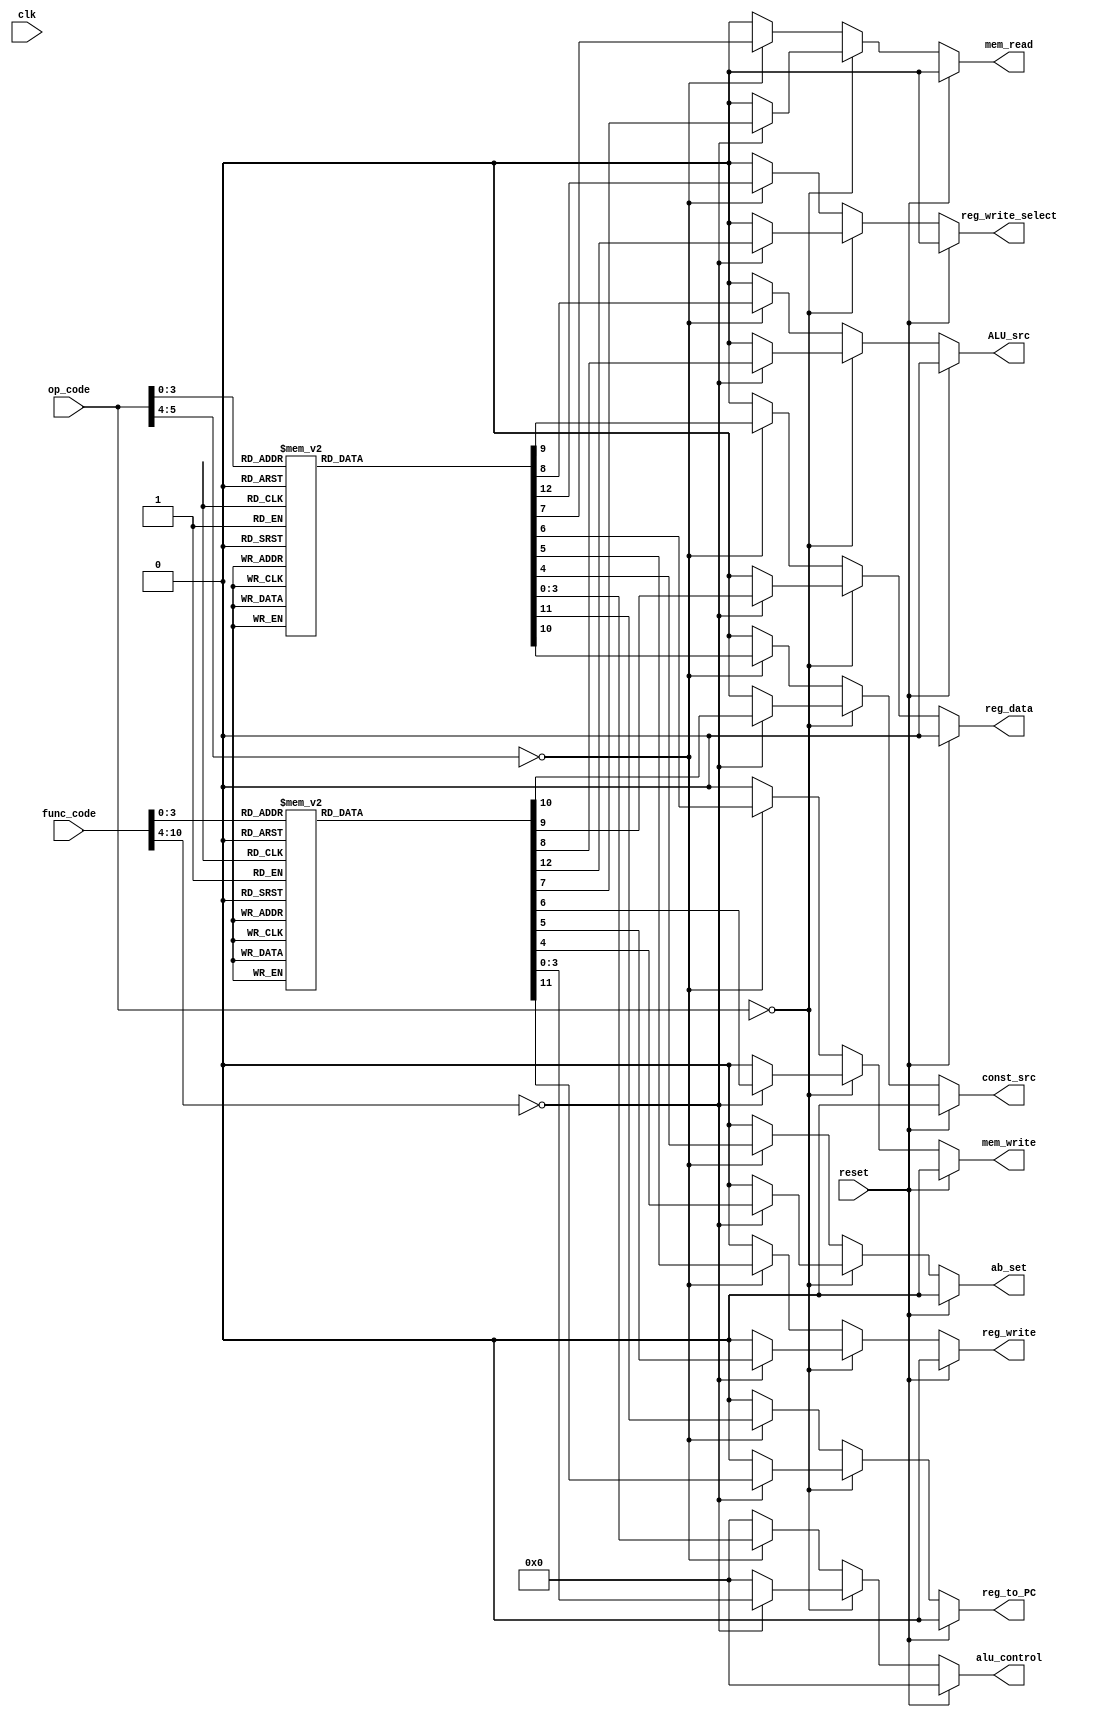
`timescale 1ns / 1ps

//////////////////////////////////////////////////////////////////////////
// Assignment No: 7
// Group No     : 8
// Group Members: Suhas Jain    (19CS30048)
//                Monal Prasad  (19CS30030)
// Semester No  : 5 (Autumn 2021-22)
//////////////////////////////////////////////////////////////////////////

module controller(
    input [5:0] op_code,
    input [10:0] func_code,
    input clk,
    input reset,
    output reg [3:0] alu_control,
    output reg ab_set,
    output reg reg_write,
    output reg mem_write,
    output reg mem_read,
    output reg ALU_src,
    output reg reg_data,
    output reg const_src,
    output reg reg_to_PC,
    output reg reg_write_select
);
    /*
        op_code: operation code from the instruction
        func_code: function code from the instruction
        clk: clock signal
        reset: reset signal
        alu_control: ALU control signal 
        ab_set: ALU set signal indicating carry operation 
        reg_write: register write signal 
        mem_write: memory write signal (for store operation)
        mem_read: memory read signal (for load operation)
        ALU_src: ALU source signal (0: register, 1: immediate)
        reg_data: register data signal 
        const_src: constant source signal (for immediate addressing)
        reg_to_PC: register to PC signal indicating jump 
        reg_write_select: register write select signal (for writing to register file)
    */

    always @(*) begin
        if(reset == 1) begin        // Setting all flags to 0 on reset signal
            alu_control <= 0;
            ab_set <= 0;
            reg_write <= 0;
            mem_write <= 0;
            mem_read <= 0;
            ALU_src <= 0;
            reg_data <= 0;
            const_src <= 0;
            reg_to_PC <= 0;
            reg_write_select <= 0;
        end
        else if(op_code == 6'd0)                 // R- type operations 
            case(func_code)
                11'd0:                          // Addition operation 
                    begin
                        alu_control <= 0;
                        ab_set <= 0;
                        reg_write <= 1;
                        mem_write <= 0;
                        mem_read <= 0;
                        ALU_src <= 0;
                        reg_data <= 1;
                        const_src <= 0;
                        reg_to_PC <= 0;
                        reg_write_select <= 0;
                    end 
                11'd1:                          // Complement operation
                    begin
                        alu_control <= 1;
                        ab_set <= 1;
                        reg_write <= 1;
                        mem_write <= 0;
                        mem_read <= 0;
                        ALU_src <= 0;
                        reg_data <= 1;
                        const_src <= 0;
                        reg_to_PC <= 0;
                        reg_write_select <= 0;
                    end 
                11'd2:                          // AND operation       
                    begin                          
                        alu_control <= 2;
                        ab_set <= 0;
                        reg_write <= 1;
                        mem_write <= 0;
                        mem_read <= 0;
                        ALU_src <= 0;
                        reg_data <= 1;
                        const_src <= 0;
                        reg_to_PC <= 0;
                        reg_write_select <= 0;
                    end 
                11'd3:                          // XOR operation
                    begin
                        alu_control <= 3;
                        ab_set <= 0;
                        reg_write <= 1;
                        mem_write <= 0;
                        mem_read <= 0;
                        ALU_src <= 0;
                        reg_data <= 1;
                        const_src <= 0;
                        reg_to_PC <= 0;
                        reg_write_select <= 0;
                    end 
                11'd4:                            // Shift left logical 
                    begin
                        alu_control <= 4;
                        ab_set <= 0;
                        reg_write <= 1;
                        mem_write <= 0;
                        mem_read <= 0;
                        ALU_src <= 1;
                        reg_data <= 1;
                        const_src <= 1;
                        reg_to_PC <= 0;
                        reg_write_select <= 0;
                    end 
                11'd5:                              // Shift Right logical
                    begin
                        alu_control <= 5;
                        ab_set <= 0;
                        reg_write <= 1;
                        mem_write <= 0;
                        mem_read <= 0;
                        ALU_src <= 1;
                        reg_data <= 1;
                        const_src <= 1;
                        reg_to_PC <= 0;
                        reg_write_select <= 0;
                    end 
                11'd6:                              // Shift left logical variable
                    begin
                        alu_control <= 4;
                        ab_set <= 0;
                        reg_write <= 1;
                        mem_write <= 0;
                        mem_read <= 0;
                        ALU_src <= 0;
                        reg_data <= 1;
                        const_src <= 0;
                        reg_to_PC <= 0;
                        reg_write_select <= 0;
                    end 
                11'd7:                              // Shift right logical variable
                    begin
                        alu_control <= 5;
                        ab_set <= 0;
                        reg_write <= 1;
                        mem_write <= 0;
                        mem_read <= 0;
                        ALU_src <= 0;
                        reg_data <= 1;
                        const_src <= 0;
                        reg_to_PC <= 0;
                        reg_write_select <= 0;
                    end 
                11'd8:                              // Shift right arithmetic
                    begin
                        alu_control <= 6;
                        ab_set <= 0;
                        reg_write <= 1;
                        mem_write <= 0;
                        mem_read <= 0;
                        ALU_src <= 1;
                        reg_data <= 1;
                        const_src <= 1;
                        reg_to_PC <= 0;
                        reg_write_select <= 0;
                    end 
                11'd9:                              // Shift right arithmetic variable
                    begin
                        alu_control <= 6;
                        ab_set <= 0;
                        reg_write <= 1;
                        mem_write <= 0;
                        mem_read <= 0;
                        ALU_src <= 0;
                        reg_data <= 1;
                        const_src <= 0;
                        reg_to_PC <= 0;
                        reg_write_select <= 0;
                    end 
                default:                            // In case of undefined function code
                    begin
                        alu_control <= 0;
                        ab_set <= 0;
                        reg_write <= 0;
                        mem_write <= 0;
                        mem_read <= 0;
                        ALU_src <= 0;
                        reg_data <= 0;
                        const_src <= 0;
                        reg_to_PC <= 0;
                        reg_write_select <= 0;
                    end 
            endcase
        else begin
            case(op_code)   
                // I type instructions                      
                6'd1:                               // Load word
                    begin
                        alu_control <= 0;
                        ab_set <= 0;
                        reg_write <= 1;
                        mem_write <= 0;
                        mem_read <= 0;
                        ALU_src <= 1;
                        reg_data <= 1;
                        const_src <= 0;
                        reg_to_PC <= 0;
                        reg_write_select <= 0;
                    end 
                6'd2:
                    begin                           // Store word
                        alu_control <= 1;
                        ab_set <= 1;
                        reg_write <= 1;
                        mem_write <= 0;
                        mem_read <= 0;
                        ALU_src <= 1;
                        reg_data <= 1;
                        const_src <= 0;
                        reg_to_PC <= 0;
                        reg_write_select <= 0;
                    end 
                6'd3:                               // Add immediate
                    begin
                        alu_control <= 9;
                        ab_set <= 0;
                        reg_write <= 1;
                        mem_write <= 0;
                        mem_read <= 1;
                        ALU_src <= 1;
                        reg_data <= 0;
                        const_src <= 0;
                        reg_to_PC <= 0;
                        reg_write_select <= 1;
                    end 
                6'd4:                               // Comp immediate
                    begin
                        alu_control <= 9;
                        ab_set <= 0;
                        reg_write <= 0;
                        mem_write <= 1;
                        mem_read <= 0;
                        ALU_src <= 1;
                        reg_data <= 0;
                        const_src <= 0;
                        reg_to_PC <= 0;
                        reg_write_select <= 1;
                    end 
                    // Branch type instructions
                6'd5:                               // Branch register
                    begin
                        alu_control <= 7;
                        ab_set <= 0;
                        reg_write <= 0;
                        mem_write <= 0;
                        mem_read <= 0;
                        ALU_src <= 0;
                        reg_data <= 0;
                        const_src <= 0;
                        reg_to_PC <= 0;
                        reg_write_select <= 0;
                    end 
                6'd6:                               // Branch on less than zero
                    begin
                        alu_control <= 7;
                        ab_set <= 0;
                        reg_write <= 0;
                        mem_write <= 0;
                        mem_read <= 0;
                        ALU_src <= 0;
                        reg_data <= 0;
                        const_src <= 0;
                        reg_to_PC <= 0;
                        reg_write_select <= 0;
                    end 
                6'd7:
                    begin                           // Branch on flag zero
                        alu_control <= 7;
                        ab_set <= 0;
                        reg_write <= 0;
                        mem_write <= 0;
                        mem_read <= 0;
                        ALU_src <= 0;
                        reg_data <= 1;
                        const_src <= 0;
                        reg_to_PC <= 0;
                        reg_write_select <= 0;
                    end 
                6'd8:                               // Branch on flag not zero
                    begin
                        alu_control <= 7;
                        ab_set <= 0;
                        reg_write <= 0;
                        mem_write <= 0;
                        mem_read <= 0;
                        ALU_src <= 1;
                        reg_data <= 0;
                        const_src <= 0;
                        reg_to_PC <= 0;
                        reg_write_select <= 0;
                    end 
                6'd9:                               // Unconditional Branch
                    begin
                        alu_control <= 8;
                        ab_set <= 0;
                        reg_write <= 0;
                        mem_write <= 0;
                        mem_read <= 0;
                        ALU_src <= 1;
                        reg_data <= 0;
                        const_src <= 0;
                        reg_to_PC <= 0;
                        reg_write_select <= 0;
                    end 
                6'd10:                              // Branch and link
                    begin
                        alu_control <= 0;
                        ab_set <= 0;
                        reg_write <= 1;
                        mem_write <= 0;
                        mem_read <= 0;
                        ALU_src <= 1;
                        reg_data <= 0;
                        const_src <= 0;
                        reg_to_PC <= 1;
                        reg_write_select <= 0;
                    end 
                6'd11:                              // Branch on carry
                    begin
                        alu_control <= 8;
                        ab_set <= 0;
                        reg_write <= 0;
                        mem_write <= 0;
                        mem_read <= 0;
                        ALU_src <= 1;
                        reg_data <= 0;
                        const_src <= 0;
                        reg_to_PC <= 0;
                        reg_write_select <= 0;
                    end 
                6'd12:                              // Branch on no carry
                    begin
                        alu_control <= 8;
                        ab_set <= 0;
                        reg_write <= 0;
                        mem_write <= 0;
                        mem_read <= 0;
                        ALU_src <= 1;
                        reg_data <= 0;
                        const_src <= 0;
                        reg_to_PC <= 0;
                        reg_write_select <= 0;
                    end    
                default:                            // In case of undefined opcode
                    begin
                        alu_control <= 0;
                        ab_set <= 0;
                        reg_write <= 0;
                        mem_write <= 0;
                        mem_read <= 0;
                        ALU_src <= 0;
                        reg_data <= 0;
                        const_src <= 0;
                        reg_to_PC <= 0;
                        reg_write_select <= 0;
                    end      
            endcase
        end
    end

endmodule